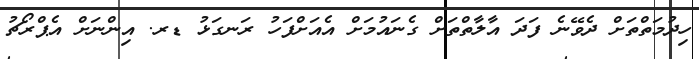
ހިދުމަތްތަށް ދެވޭނެ ފަދަ އާލާތްތަށް ގެނައުމަށް އެއަށްފަހު ރަނގަޅު ޑރ. އިންނަށް އެޕްރޯޗު